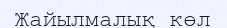
Жайылмалық көл